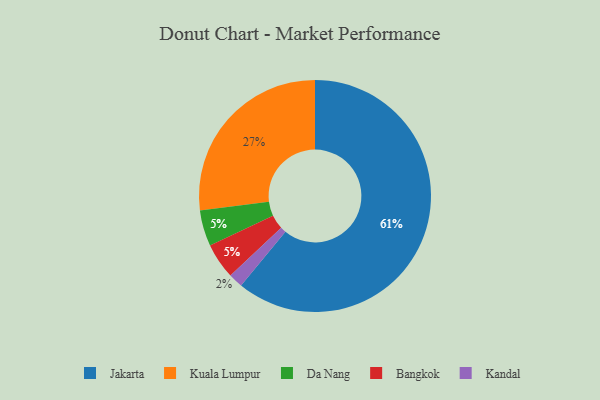
{"axis": {"x": "Category", "y": "Percentage"}, "legend": ["Bangkok", "Da Nang", "Jakarta", "Kandal", "Kuala Lumpur"], "data": [{"x": "Da Nang", "y": 5, "type": "Da Nang"}, {"x": "Bangkok", "y": 5, "type": "Bangkok"}, {"x": "Kuala Lumpur", "y": 27, "type": "Kuala Lumpur"}, {"x": "Kandal", "y": 2, "type": "Kandal"}, {"x": "Jakarta", "y": 61, "type": "Jakarta"}]}